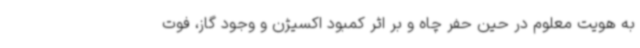
به هویت معلوم در حین حفر چاه و بر اثر کمبود اکسیژن و وجود گاز، فوت